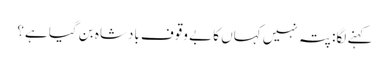
کہنے لگا: پتہ نہیں کہاں کا بے وقوف بادشاہ بن گیا ہے؟